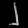
Digit: ၂